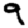
Digit: 9